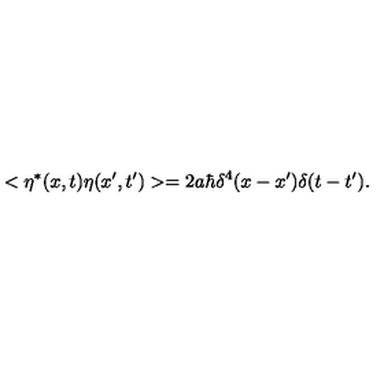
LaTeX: < \eta ^ { * } ( x , t ) \eta ( x ^ { \prime } , t ^ { \prime } ) > = 2 a \hbar \delta ^ { 4 } ( x - x ^ { \prime } ) \delta ( t - t ^ { \prime } ) .